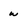
Character: w